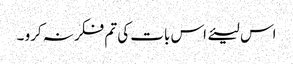
اس لیئے اس بات کی تم فکر نہ کرو ۔